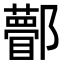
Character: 𨟒